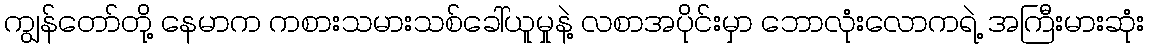
ကျွန်တော်တို့ နေမာက ကစားသမားသစ်ခေါ်ယူမှုနဲ့ လစာအပိုင်းမှာ ဘောလုံးလောကရဲ့ အကြီးမားဆုံး